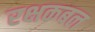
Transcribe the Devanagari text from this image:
रक्षकबल